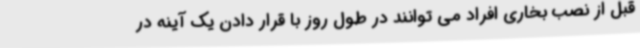
قبل از نصب بخاری افراد می توانند در طول روز با قرار دادن یک آینه در